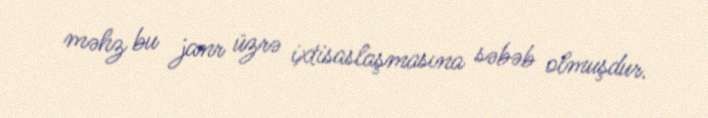
məhz bu janr üzrə ixtisaslaşmasına səbəb olmuşdur.